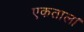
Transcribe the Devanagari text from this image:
एकताल।